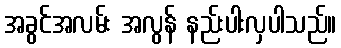
အခွင်အလမ်း အလွန် နည်းပါးလှပါသည်။